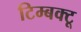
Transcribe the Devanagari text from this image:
टिम्बक्टू